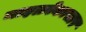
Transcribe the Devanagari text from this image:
माइक्रोकासार